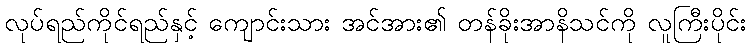
လုပ်ရည်ကိုင်ရည်နှင့် ကျောင်းသား အင်အား၏ တန်ခိုးအာနိသင်ကို လူကြီးပိုင်း